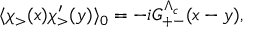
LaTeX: \langle \chi _ { > } ( x ) \chi _ { > } ^ { \prime } ( y ) \rangle _ { 0 } = - i G _ { + - } ^ { \Lambda _ { c } } ( x - y ) ,